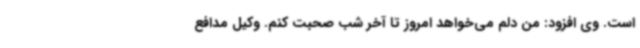
است. وی افزود: من دلم می‌خواهد امروز تا آخر شب صحبت کنم. وکیل مدافع